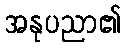
အနုပညာ၏